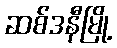
ဆစ်ဒနီမြို့